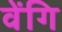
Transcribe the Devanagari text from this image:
वेंगि